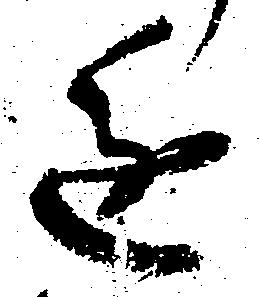
進